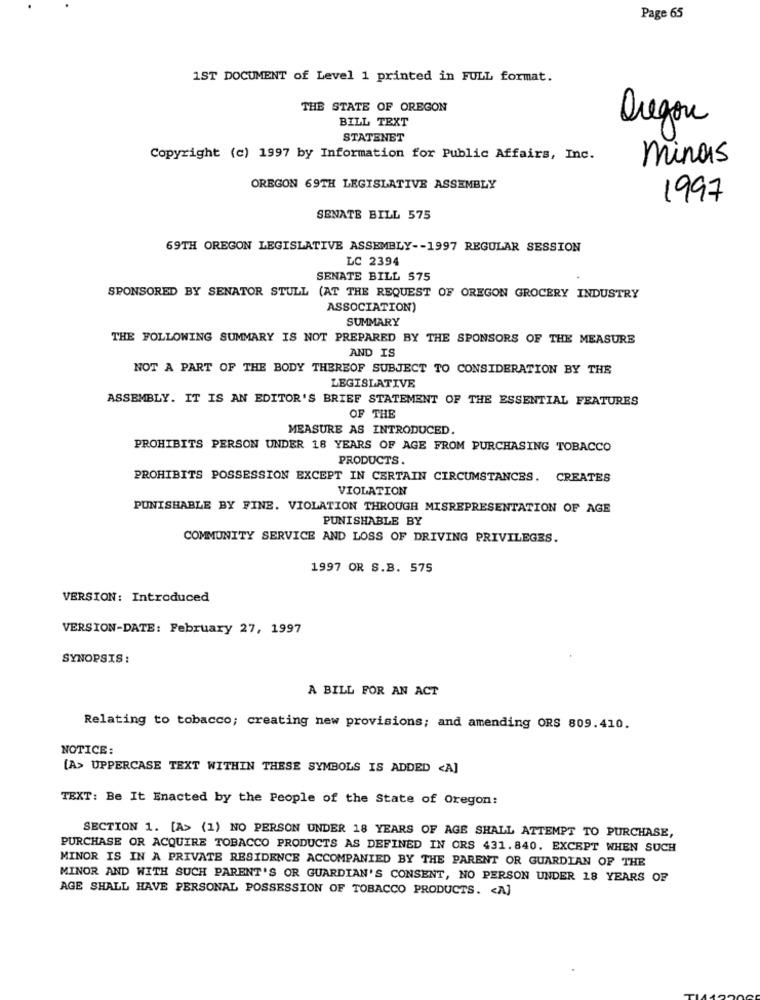
Page 65
1ST DOCUMENT of Level 1 printed in FULL format.
THE STATE OF OREGON
BILL TEXT
Oregon
STATENET
Copyright (c) 1997 by Information for Public Affairs, Inc.
minas
OREGON 69TH LEGISLATIVE ASSEMBLY
1997
SENATE BILL 575
69TH OREGON LEGISLATIVE ASSEMBLY -- 1997 REGULAR SESSION
LC 2394
SENATE BILL 575
SPONSORED BY SENATOR STULL (AT THE REQUEST OF OREGON GROCERY INDUSTRY
ASSOCIATION)
SUMMARY
THE FOLLOWING SUMMARY IS NOT PREPARED BY THE SPONSORS OF THE MEASURE
AND IS
NOT A PART OF THE BODY THEREOF SUBJECT TO CONSIDERATION BY THE
LEGISLATIVE
ASSEMBLY. IT IS AN EDITOR'S BRIEF STATEMENT OF THE ESSENTIAL FEATURES
OF THE
MEASURE AS INTRODUCED.
PROHIBITS PERSON UNDER 18 YEARS OF AGE FROM PURCHASING TOBACCO
PRODUCTS.
PROHIBITS POSSESSION EXCEPT IN CERTAIN CIRCUMSTANCES. CREATES
VIOLATION
PUNISHABLE BY FINE. VIOLATION THROUGH MISREPRESENTATION OF AGE
PUNISHABLE BY
COMMUNITY SERVICE AND LOSS OF DRIVING PRIVILEGES.
1997 OR S.B. 575
VERSION: Introduced
VERSION-DATE: February 27, 1997
SYNOPSIS :
A BILL FOR AN ACT
Relating to tobacco; creating new provisions; and amending ORS 809.410.
NOTICE:
[A> UPPERCASE TEXT WITHIN THESE SYMBOLS IS ADDED <A]
TEXT: Be It Enacted by the People of the State of Oregon:
SECTION 1. [A> (1) NO PERSON UNDER 18 YEARS OF AGE SHALL ATTEMPT TO PURCHASE,
PURCHASE OR ACQUIRE TOBACCO PRODUCTS AS DEFINED IN ORS 431.840. EXCEPT WHEN SUCH
MINOR IS IN A PRIVATE RESIDENCE ACCOMPANIED BY THE PARENT OR GUARDIAN OF THE
MINOR AND WITH SUCH PARENT'S OR GUARDIAN'S CONSENT, NO PERSON UNDER 18 YEARS OF
AGE SHALL HAVE PERSONAL POSSESSION OF TOBACCO PRODUCTS. < A]